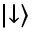
\left| \downarrow \right\rangle